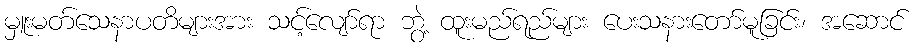
မှူးမတ်သေနာပတိများအား သင့်လျော်ရာ ဘွဲ့ ထူးမည်ရည်များ ပေးသနားတော်မူခြင်း၊ အဆောင်